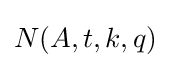
N(A,t,k,q)